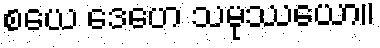
စယေ ဒေဟေ သမုဿယော။